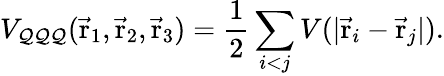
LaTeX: V_{\mathcal{Q}\mathcal{Q}\mathcal{Q}}(\vec{{\mathrm{{r}}}}_{1},\vec{{\mathrm{{r}}}}_{2},\vec{{\mathrm{{r}}}}_{3})={\frac{{1}}{{2}}}\sum_{i<j}V(\vert\vec{{\mathrm{{r}}}}_{i}-\vec{{\mathrm{{r}}}}_{j}\vert).